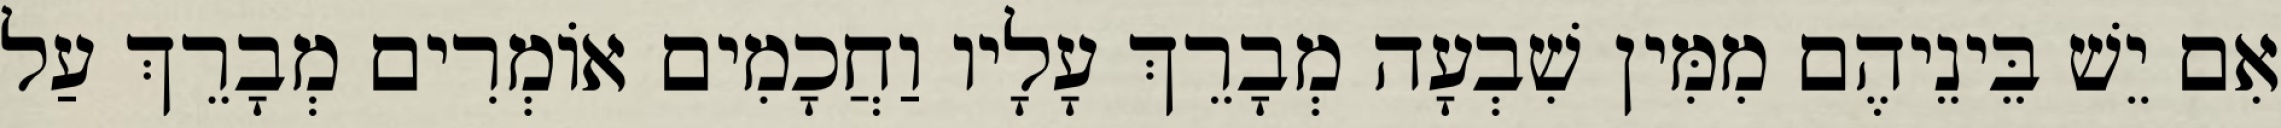
אִם יֵשׁ בֵּינֵיהֶם מִמִּין שִׁבְעָה מְבָרֵךְ עָלָיו וַחֲכָמִים אוֹמְרִים מְבָרֵךְ עַל